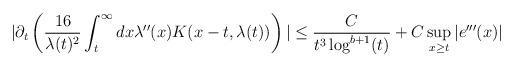
LaTeX: \begin{align*}& |\partial_{t}\left(\frac{16}{\lambda(t)^{2}} \int_{t}^{\infty} dx \lambda''(x) K(x-t,\lambda(t))\right)| \leq \frac{C}{t^{3}\log^{b+1}(t)} + C \sup_{x \geq t} |e'''(x)|\end{align*}